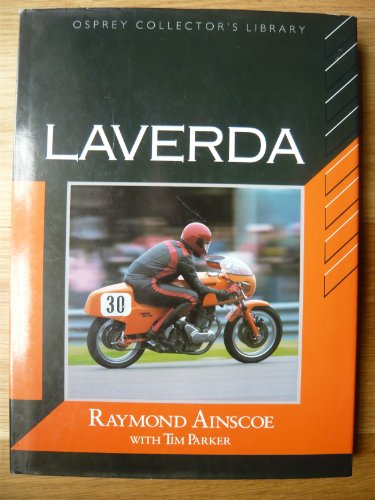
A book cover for Laverda (Osprey Collectors Library); Raymond Ainscoe; Engineering & Transportation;